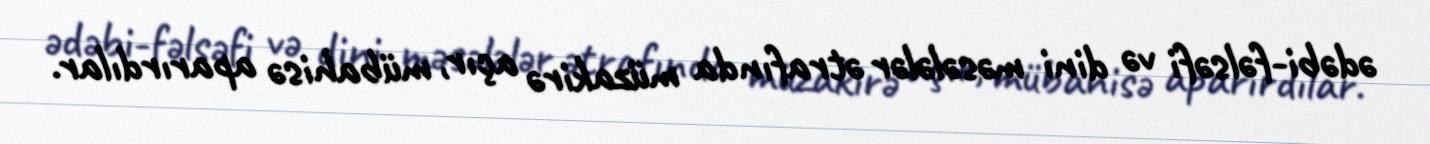
ədəbi-fəlsəfi və dini məsələlər ətrafında müzakirə açır, mübahisə aparırdılar.